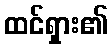
ထင်ရှား၏